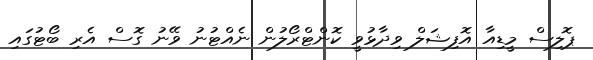
ޕޮލިސް މީޑިއާ އޮފިޝަލް ވިދާޅުވީ ކޮންޓްރޯލުން ނެއްޓުނު ވޭނު ގޮސް އެރި ބޯޓުގައި